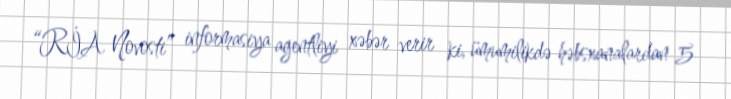
“RİA Novosti” informasiya agentliyi xəbər verir ki, ümumilikdə həbsxanalardan 5